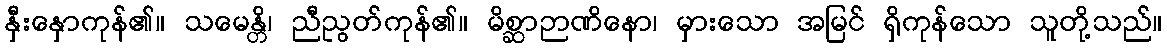
နှီးနှောကုန်၏။ သမေန္တိ၊ ညီညွတ်ကုန်၏။ မိစ္ဆာဉာဏိနော၊ မှားသော အမြင် ရှိကုန်သော သူတို့သည်။